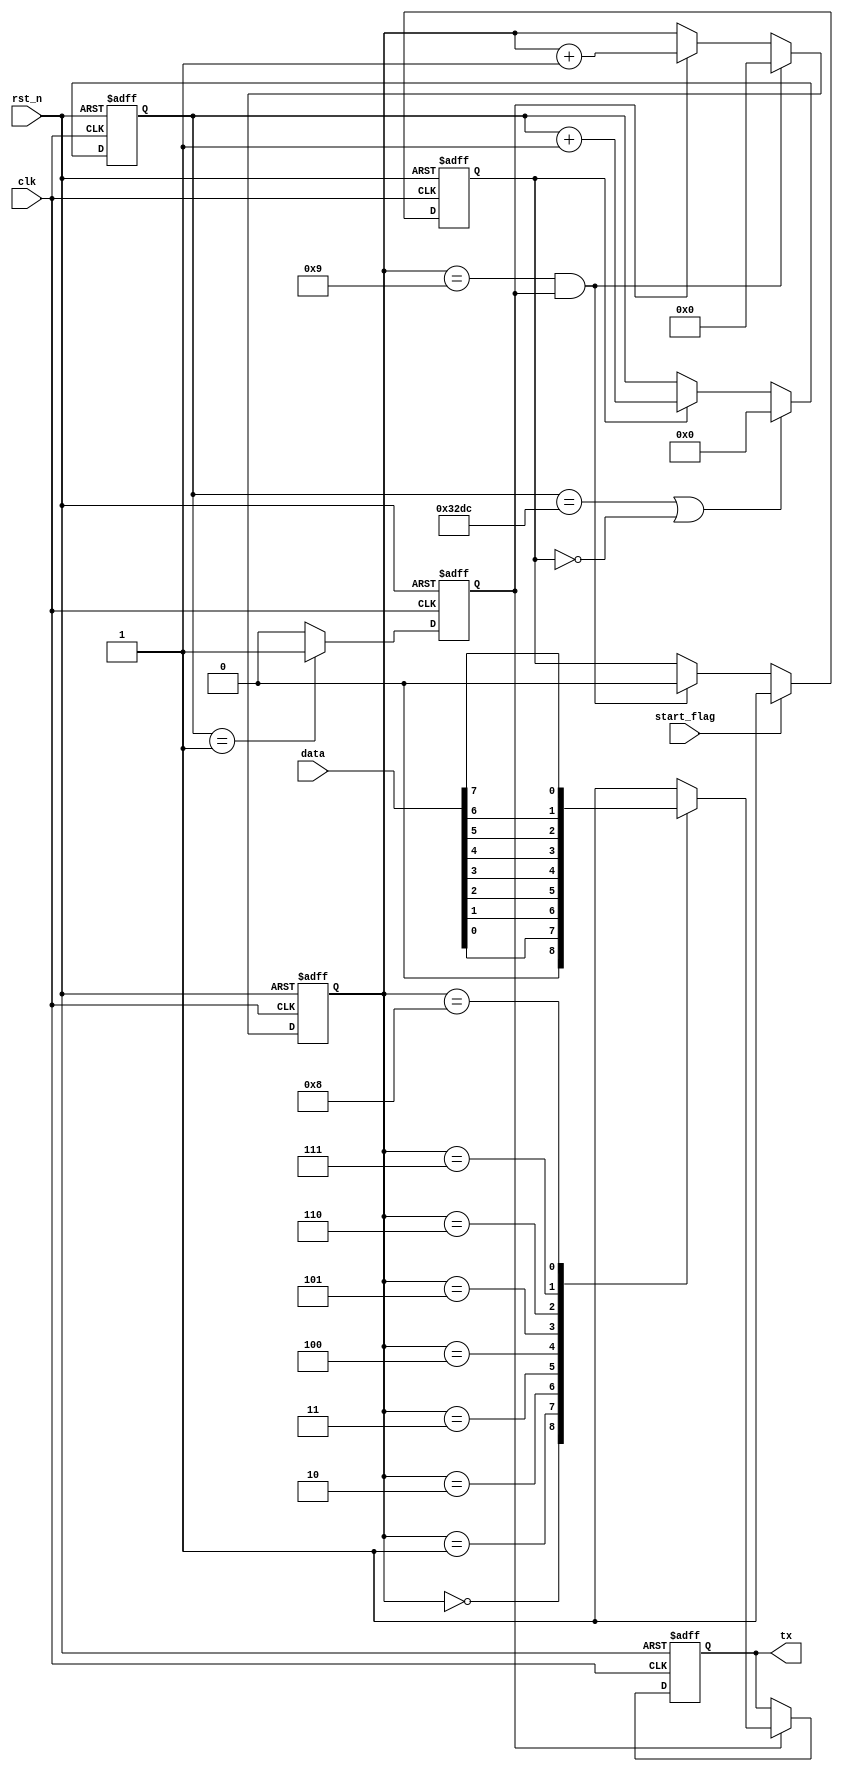
`timescale 1ns / 1ps

module Uart_TX(
    input wire clk,
    input wire rst_n,
    input wire [7:0] data,
    input wire start_flag,
    output wire tx
    );
    
/****************************************/
parameter N=13021; //N=/f=125Mhz,baud=9600N
reg work_en;//
reg [31:0] baud_cnt;//
reg bit_flag;//
reg [3:0] bit_cnt;//0-8
reg tx_reg;
assign tx=tx_reg;
/****************************************/
always@(posedge clk or negedge rst_n)
    begin
        if(!rst_n)
            work_en<=0;
        else if(start_flag==1)//clk
            work_en<=1;
        else if((bit_cnt==4'd9)&&(bit_flag==1))
            work_en<=0;
        else
            work_en<=work_en;
    end
/*****************************************/
always@(posedge clk or negedge rst_n)
    begin
        if(!rst_n)
            baud_cnt<=0;
        else if((baud_cnt==N-1)||(work_en==0))
            baud_cnt<=0;
        else if(work_en==1)
            baud_cnt<=baud_cnt+1;
    end

/*****************************************/
always@(posedge clk or negedge rst_n)
    begin
        if(!rst_n)
            bit_flag<=0;
        else if(baud_cnt==1)
            bit_flag<=1;
        else
            bit_flag<=0;
    end

/*****************************************/
always@(posedge clk or negedge rst_n)
    begin
        if(!rst_n)
            bit_cnt<=0;
        else if((bit_cnt==4'd9)&&(bit_flag==1))
            bit_cnt<=0;
        else if(bit_flag==1)
            bit_cnt<=bit_cnt+1;
    end

/*****************************************/
always@(posedge clk or negedge rst_n)
    begin
        if(!rst_n)
            tx_reg<=1;
        else if(bit_flag==1) 
            case(bit_cnt)
                0:tx_reg<=0;
                1:tx_reg<=data[0];
                2:tx_reg<=data[1];
                3:tx_reg<=data[2];
                4:tx_reg<=data[3];
                5:tx_reg<=data[4];
                6:tx_reg<=data[5];
                7:tx_reg<=data[6];
                8:tx_reg<=data[7];
                9:tx_reg<=1;
                default:tx_reg<=1;
            endcase
    end
endmodule